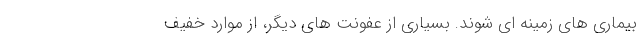
بیماری های زمینه ای شوند. بسیاری از عفونت های دیگر، از موارد خفیف